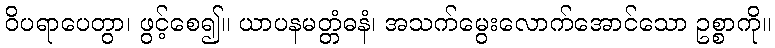
ဝိပရာပေတွာ၊ ဖွင့်စေ၍။ ယာပနမတ္တံဓနံ၊ အသက်မွေးလောက်အောင်သော ဥစ္စာကို။